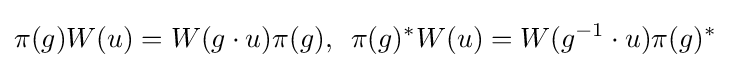
\pi (g)W(u)=W(g\cdot u)\pi (g),\,\,\,\pi (g)^{*}W(u)=W(g^{-1}\cdot u)\pi (g)^{*}